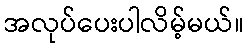
အလုပ်ပေးပါလိမ့်မယ်။